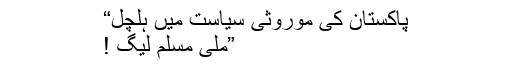
پاکستان کی موروثی سیاست میں ہلچل“
”ملی مسلم لیگ !